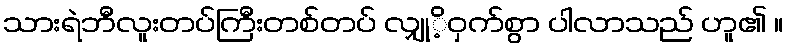
သားရဲဘီလူးတပ်ကြီးတစ်တပ် လျှုိ့ဝှက်စွာ ပါလာသည် ဟူ၏ ။